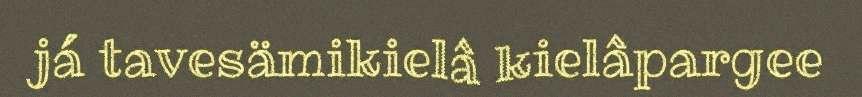
já tavesämikielâ kielâpargee